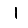
Digit: 1